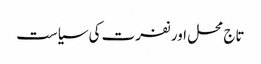
تاج محل اور نفرت کی سیاست